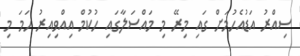
ސިއްރު އަޑުއެހުމަށް ގައި މިރޭ މި މައްސަލާގައި ހުކުމް އިއްވިއިރު ހަމަ މި